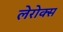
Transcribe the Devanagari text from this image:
लेरोक्स